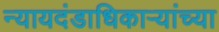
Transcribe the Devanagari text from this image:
न्यायदंडाधिकार्‍यांच्या